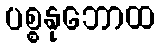
ပစ္စနုဘောထ